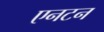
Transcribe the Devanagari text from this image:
एनटन